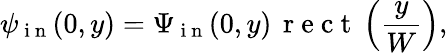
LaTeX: \psi_{\mathrm{~i~n~}}(0,y)=\Psi_{\mathrm{~i~n~}}(0,y)\, \mathrm{~r~e~c~t~}\left(\frac{y}{W}\right),